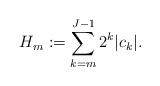
LaTeX: \begin{align*}H_m:=\sum_{k=m}^{J-1} 2^k |c_k|.\end{align*}